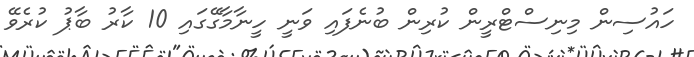
ހައުސިން މިނިސްޓްރީން ކުރިން ބުނެފައި ވަނީ ހީނާމާގޭގައި 10 ކާރު ބާޕު ކުރެވޭ